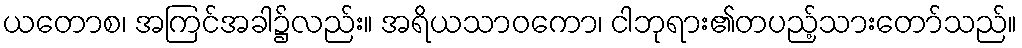
ယတောစ၊ အကြင်အခါ၌လည်း။ အရိယသာဝကော၊ ငါဘုရား၏တပည့်သားတော်သည်။